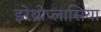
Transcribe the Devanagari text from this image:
इरेथ्रोप्लासिया